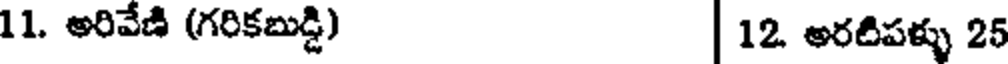
11. అరివేణి (గరికబుడ్డి) | 12 అరటిపళ్ళు 25